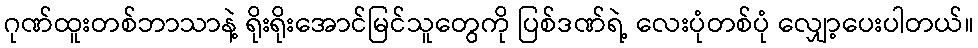
ဂုဏ်ထူးတစ်ဘာသာနဲ့ ရိုးရိုးအောင်မြင်သူတွေကို ပြစ်ဒဏ်ရဲ့ လေးပုံတစ်ပုံ လျှော့ပေးပါတယ်။